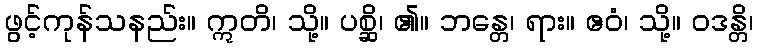
ဖွင့်ကုန်သနည်း။ ဣတိ၊ သို့။ ပစ္ဆိ၊ ၏။ ဘန္တေ၊ ရား။ ဧဝံ၊ သို့။ ဝဒန္တိ၊